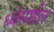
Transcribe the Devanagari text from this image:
ध्वंसशील